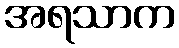
အရသာက